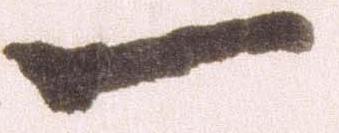
一